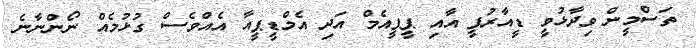
ތަސްމީން ވިދާޅުވީ ޑީއާރުޕީ އާއި ޕީޕީއެމް އަދި އެމްޑީޕީއާ އެއްވެސް ގުޅުމެއް ނޯންނާނެ